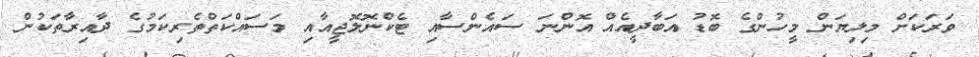
ވަރަކަށް މިލިޔަން މީހުންގެ ބޮޑު އަބާދީއެއް އޮންނަ ސައެންސާއި ޓެކްނޮލޮޖީއާއި މަސައްކަތްތެރިކަމުގެ ދާއިރާތަކުން